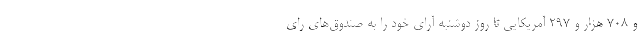
و ۷۰۸ هزار و ۲۹۷ آمریکایی تا روز دوشنبه آرای خود را به صندوق‌های رای